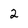
Character: 2